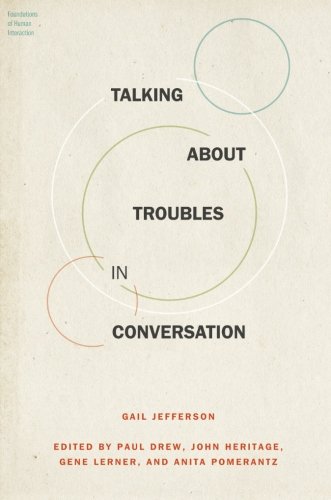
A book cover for Talking About Troubles in Conversation (Foundations of Human Interaction); Gail Jefferson; Reference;